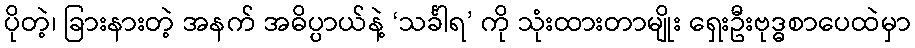
ပိုတဲ့၊ ခြားနားတဲ့ အနက် အဓိပ္ပာယ်နဲ့ ‘သင်္ခါရ’ ကို သုံးထားတာမျိုး ရှေးဦးဗုဒ္ဓစာပေထဲမှာ